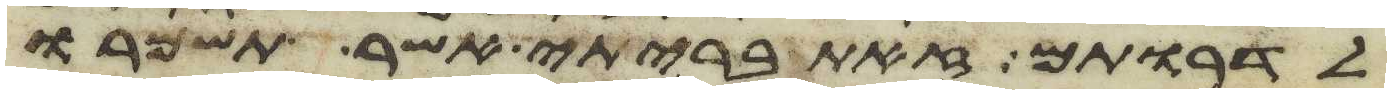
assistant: לדרותם זאת בריתי אשר תשמרו